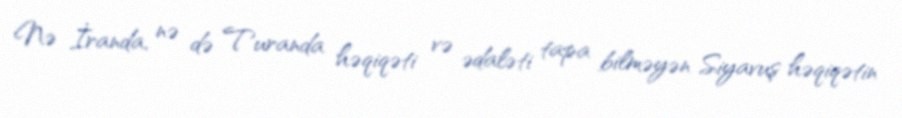
Nə İranda, nə də Turanda həqiqəti və ədaləti tapa bilməyən Siyavuş həqiqətin